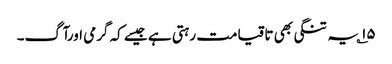
۱۵؎ یہ تنگی بھی تاقیامت رہتی ہے جیسے کہ گرمی اورآگ۔